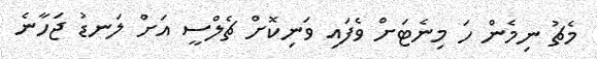
މެޗު ނިމެން ހަ މިނެޓަށް ވެފައި ވަނިކޮށް ޗެލްސީ އަށް ލަނޑު ޖަހާނެ